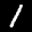
Label: 1